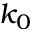
k _ { 0 }